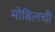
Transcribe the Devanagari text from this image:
मोबिलची